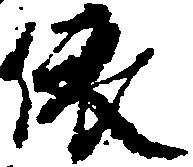
依